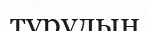
тұрудың